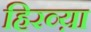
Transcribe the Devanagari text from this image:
हिरव्य़ा